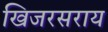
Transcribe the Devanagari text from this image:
खिजरसराय